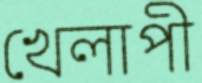
খেলাপী